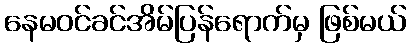
နေမဝင်ခင်အိမ်ပြန်ရောက်မှ ဖြစ်မယ်